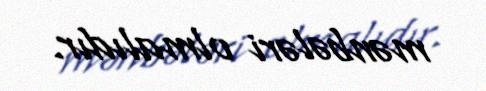
mənbələri olmalıdır.